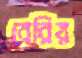
বেরিয়